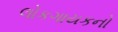
લોકગાયકનો